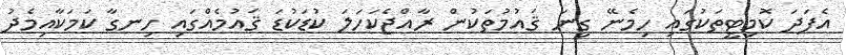
އެފަދަ ކޮމިޓީތަކުގައި ހިމެނޭ ގިނަ ޤައުމުތަކުން ރާއްޖެކަހަލަ ކުޑަކުޑަ ޤައުމެއްގައި ހިނގާ ކަމަކާއިމެދު